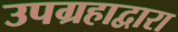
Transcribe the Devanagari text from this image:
उपग्रहाद्वारा